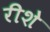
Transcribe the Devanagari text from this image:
रीशे